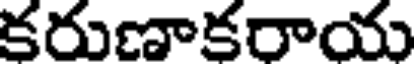
కరుణాకరాయ